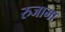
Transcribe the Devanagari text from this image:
रुजामा